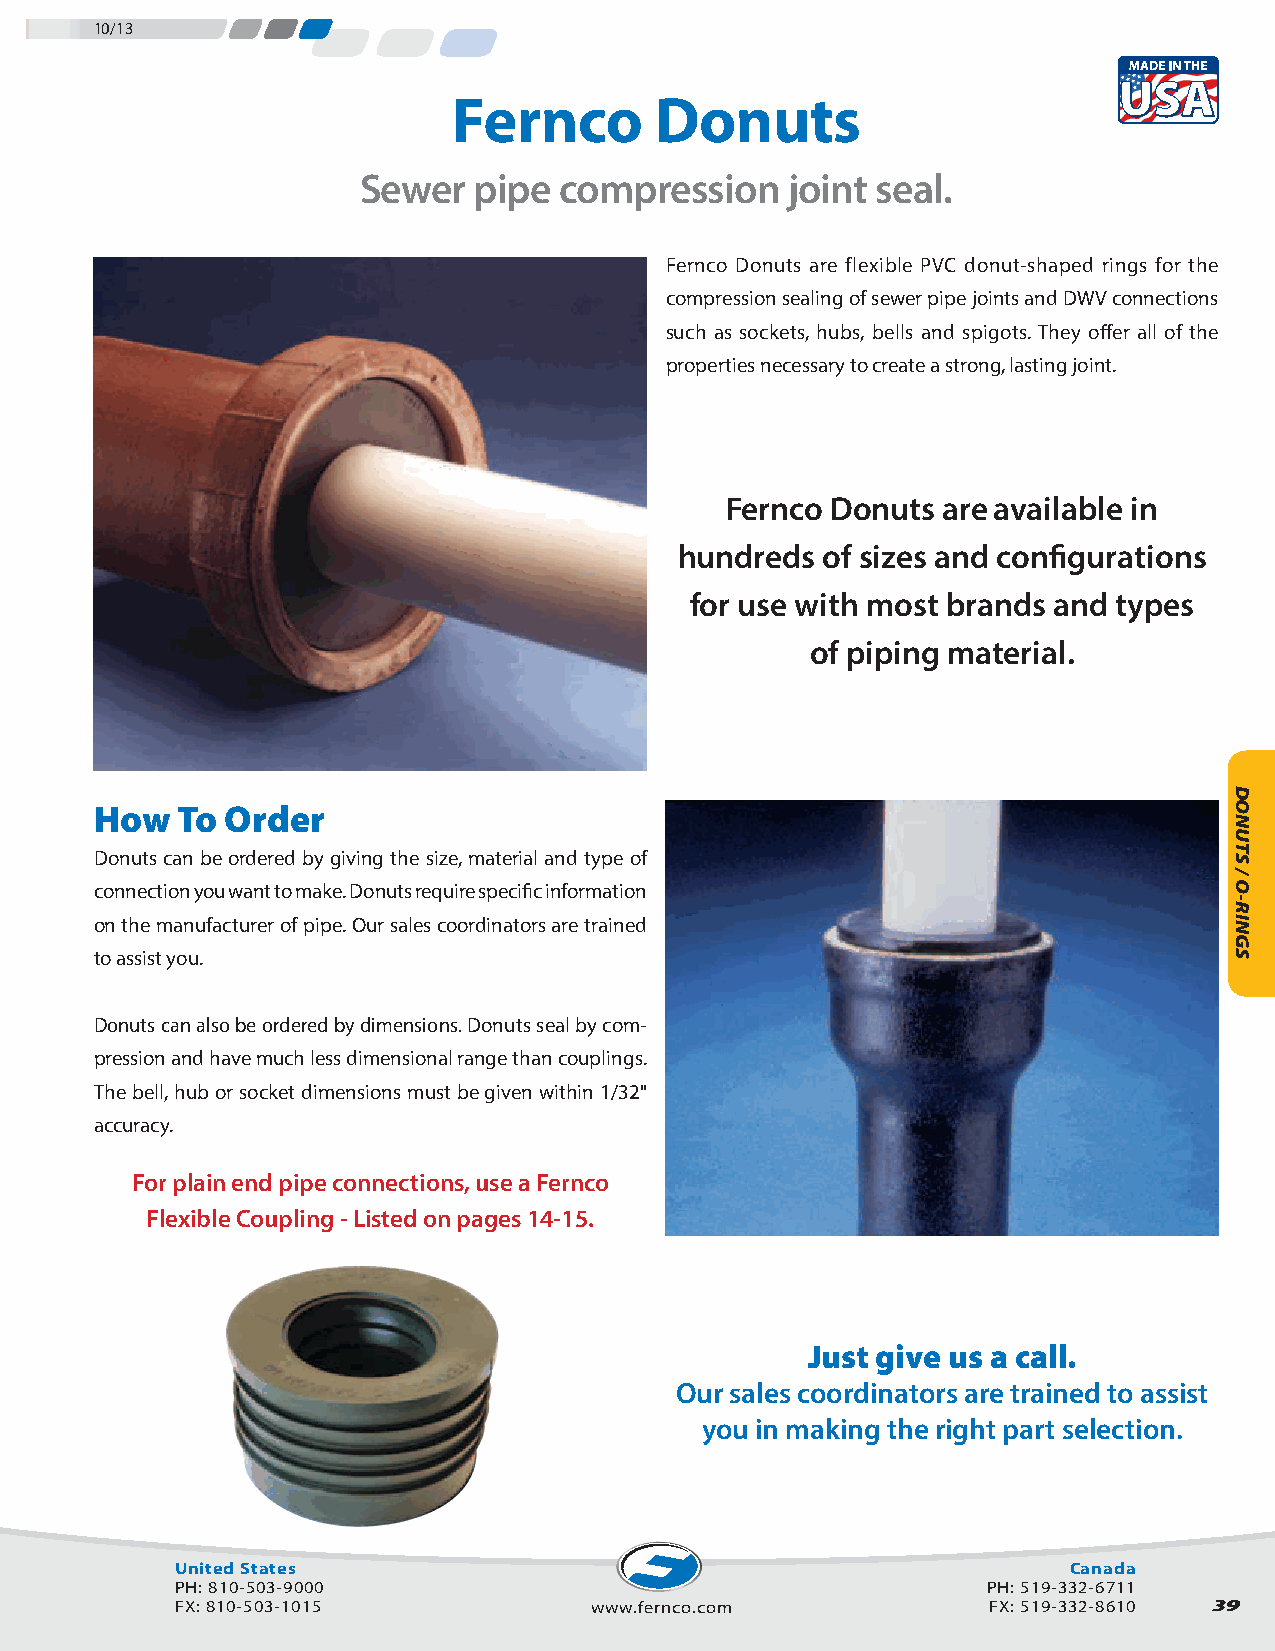
10/13
 Fernco       Donuts
 Sewer  pipe  compression    joint seal.
 Fernco Donuts are flexible PVC donut-shaped rings for the
 compression sealing of sewer pipe joints and DWV connections
 such as sockets, hubs, bells and spigots. They offer all of the
 properties necessary to create a strong, lasting joint.
 Fernco Donuts are available in
 hundreds  of sizes and configurations
 for use with most brands and types
 of piping material.
 How   To Order
 Donuts can be ordered by giving the size, material and type of
 connection you want to make. Donuts require specific information
 on the manufacturer of pipe. Our sales coordinators are trained
 to assist you.
 Donuts can also be ordered by dimensions. Donuts seal by com-
 pression and have much less dimensional range than couplings.
 The bell, hub or socket dimensions must be given within 1/32"
 accuracy.
 For plain end pipe connections, use a Fernco
 Flexible Coupling - Listed on pages 14-15.
 Just give us a call.
 Our sales coordinators are trained to assist
 you in making the right part selection.
 United States                                              Canada
 PH: 810-503-9000                                     PH: 519-332-6711
 FX: 810-503-1015           www.fernco.com             FX: 519-332-8610 39
 DONUTS
 /
 O-RINGS